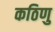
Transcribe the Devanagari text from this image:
कठिणु